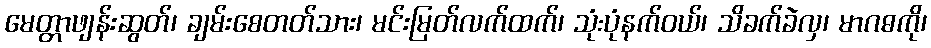
မေတ္တာဖျန်းဆွတ်၊ ချမ်းစေတတ်သား၊ မင်းမြတ်လက်ထက်၊ သုံ:ပုံနက်ဝယ်၊ သိခက်ခဲလှ၊ မာဂဓကို၊